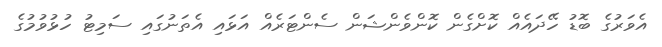
އެވަރުގެ ބޮޑު ހޭދައެއް ކޮށްގެން ކޮންވެންޝަން ސެންޓަރެއް އަޅައި އެތަނުގައި ސަމިޓު ހުޅުވުމުގެ